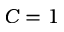
C = 1